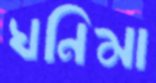
ঘনিমা